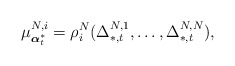
\begin{align*}\mu^{N,i}_{\boldsymbol{\alpha}^*_t}=\rho_i^N(\Delta_{*,t}^{N,1},\ldots,\Delta_{*,t}^{N,N}), \end{align*}